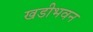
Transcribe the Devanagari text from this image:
खडीभवन